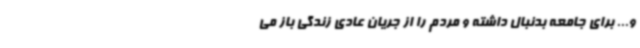
و... برای جامعه بدنبال داشته و مردم را از جریان عادی زندگی باز می